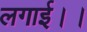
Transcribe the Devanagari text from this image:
लगाई।।